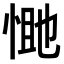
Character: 𭝔